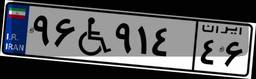
۹۶W۹۱۴۴۶